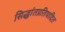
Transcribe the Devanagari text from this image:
सिद्धांतप्रतिपादित